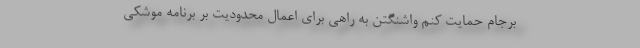
برجام حمایت کنم واشنگتن به راهی برای اعمال محدودیت بر برنامه موشکی